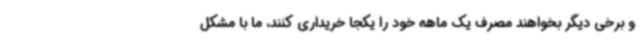
و برخی دیگر بخواهند مصرف یک ماهه خود را یکجا خریداری کنند، ما با مشکل